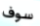
سوف